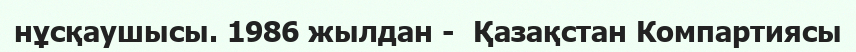
нұсқаушысы. 1986 жылдан -  Қазақстан Компартиясы